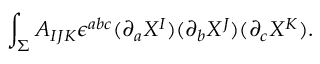
\int _ { \Sigma } A _ { I J K } \epsilon ^ { a b c } ( \partial _ { a } X ^ { I } ) ( \partial _ { b } X ^ { J } ) ( \partial _ { c } X ^ { K } ) .